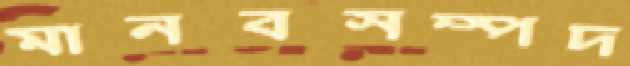
মানবসম্পদ